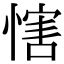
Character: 𢞐